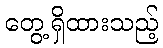
တွေ့ရှိထားသည့်